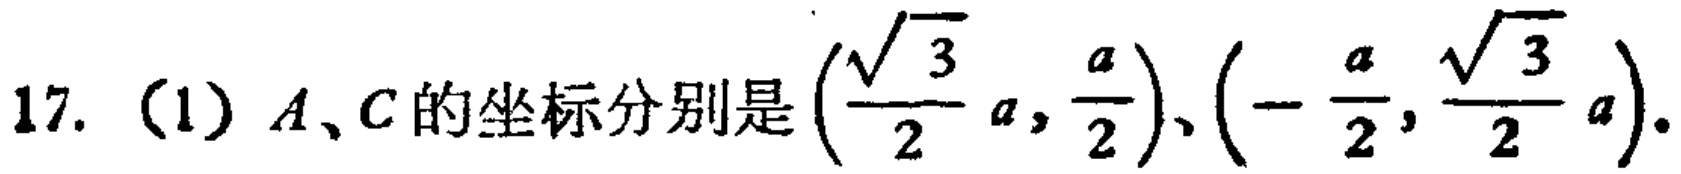
17. (1) \(A、C\)的坐标分别是\(\left(\frac{\sqrt{3}}{2}a,\frac{a}{2}\right)、\left(-\frac{a}{2},\frac{\sqrt{3}}{2}a\right)\).